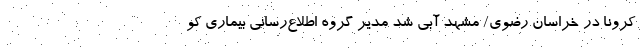
کرونا در خراسان رضوی/ مشهد آبی شد مدیر گروه اطلاع‌رسانی بیماری کو